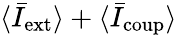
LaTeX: \langle\bar{I}_{\mathrm{ext}}\rangle+\langle\bar{I}_{\mathrm{coup}}\rangle